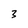
Character: 3